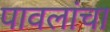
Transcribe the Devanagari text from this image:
पावलांचा